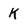
Character: K